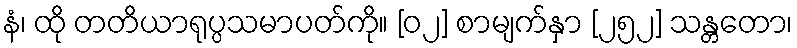
နံ၊ ထို တတိယာရုပ္ပသမာပတ်ကို။ [၀၂] စာမျက်နှာ [၂၅၂] သန္တတော၊